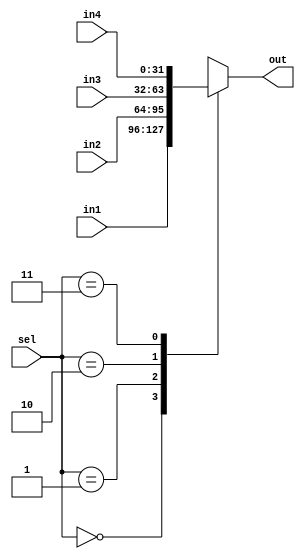

/*
Name:MUX2.v
Owner:Omar Salah
Description: MUX2 that takes 
Input:in1,in2,in3,in4,sel
Output: out of mux
*/
module  mux2 #(parameter IN_DATA=32,
                        OUT_DATA=32)
(
input   wire  [IN_DATA-1:0]  in1,in2,in3,in4,
input   wire  [1:0]          sel,
output  reg   [OUT_DATA-1:0] out
);

always  @ (*)
begin
  case(sel)
    2'b00:  out = in1;
    2'b01:  out = in2;
    2'b10:  out = in3;
    2'b11:  out = in4;
  endcase
end
endmodule